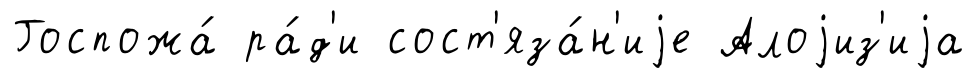
Госпожа́ ра́д'и сост'яза́н'иjе Алоjиз'иjа